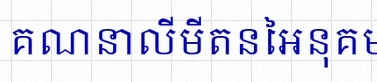
គណនាលីមីតនៃអនុគមន៍ខាងក្រោម